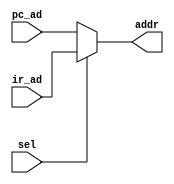
`timescale 1ns / 1ps
//////////////////////////////////////////////////////////////////////////////////
module addr_mux(addr, sel, ir_ad, pc_ad
    );
input [7:0] ir_ad, pc_ad;
input sel;
output [7:0] addr;

assign addr = (sel)? ir_ad:pc_ad;	//selPCir

endmodule